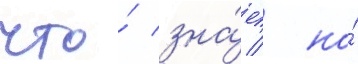
что́ зна́ет / но́